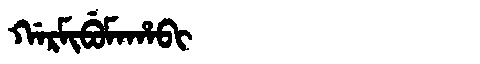
Manchu: ᡤᠠᡵᠮᡳᠪᡠᠮᠠᡥᠠᠪᡳ
Romanization: GARMIBUMAHABI